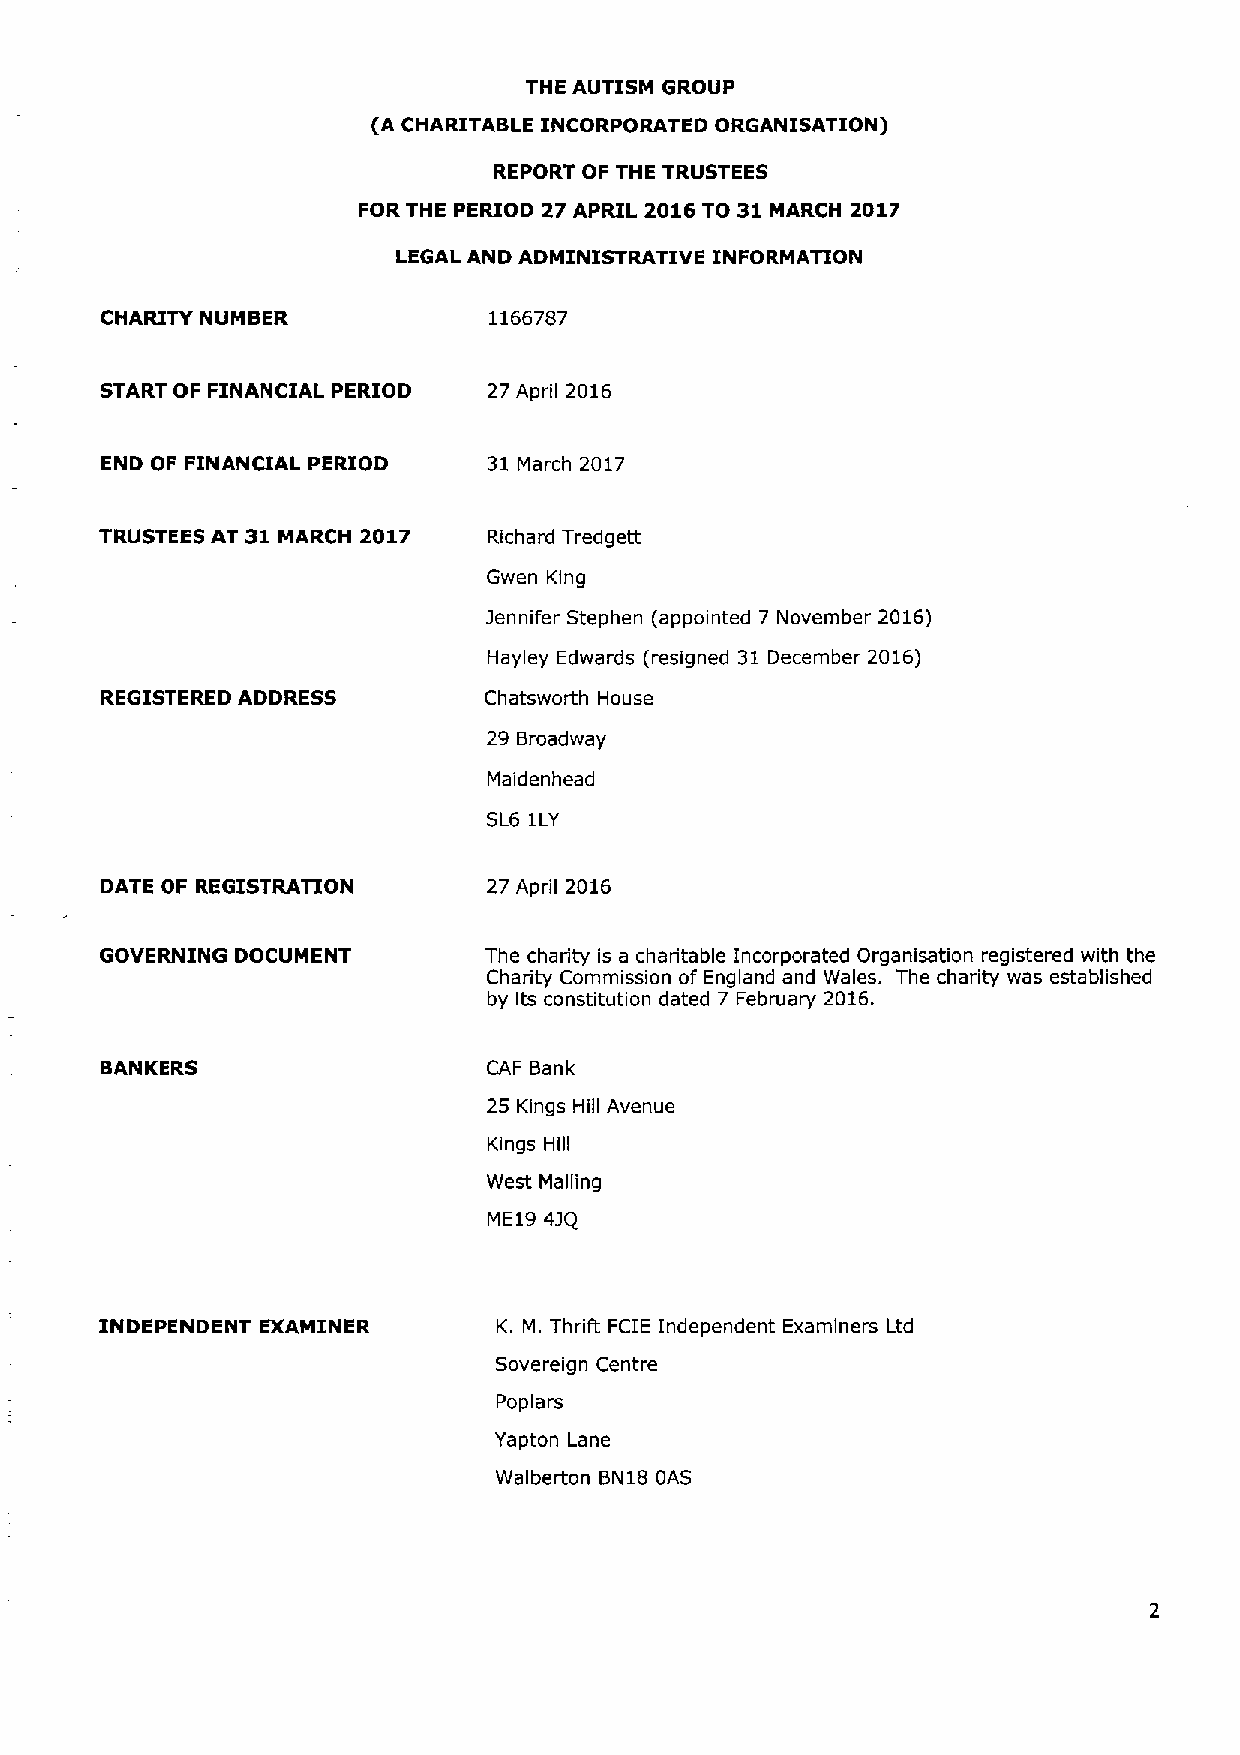
THE AUTISM GROUP
 (A CHARITABLE INCORPORATED ORGANISATION)
 REPORT OF THE TRUSTEES
 FOR THE PERIOD 27 APRIL 2016TO 31 MARCH 2017
 LEGAL AND ADMINISTRATIVE INFORMATION
 CHARITY NUMBER           1166787
 START OF FINANCIAL PERIOD 27 April 2016
 END OF FINANCIAL PERIOD  31 March 2017
 TRUSTEES AT 31 MARCH 2017 Richard Tredgett
 Gwen King
 Iennifer Stephen (appointed 7 November 2016)
 Hayley Edwards (resigned 31 December 2016)
 REGISTERED ADDRESS       Chatsworth House
 29 Broadway
 Maidenhead
 SL6 1LY
 DATE OF REGISTRATION     27 April 2016
 GOVERNING DOCUMENT       The charity is a charitable Incorporated Organisation registered with the
 Charity Commission of England and Wales. The charity was established
 by Its constitution dated 7 February 2016.
 BANKERS                  CAP Bank
 25 Kings Hill Avenue
 Kings Hill
 West
 Mailing
 ME19 43Q
 INDEPENDENT EXAMINER      K. M. ThriR FCIE Independent Examiners Ltd
 Sovereign Centre
 Poplars
 Yapton Lane
 Walberton BN18 OAS